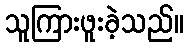
သူကြားဖူးခဲ့သည်။